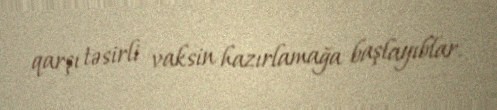
qarşı təsirli vaksin hazırlamağa başlayıblar.